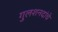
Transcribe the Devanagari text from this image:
गुलशनदांचे